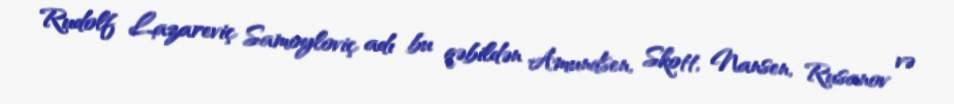
Rudolf Lazareviç Samoyloviç adı bu qəbildən Amundsen, Skott, Nansen, Rusanov və